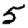
Digit: 5